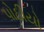
પોઠીયો